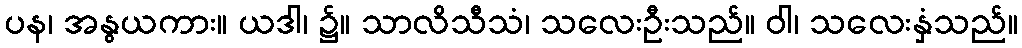
ပန၊ အနွယကား။ ယဒါ၊ ၌။ သာလိသီသံ၊ သလေးဦးသည်။ ဝါ၊ သလေးနှံသည်။